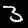
Digit: 3